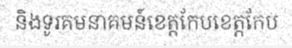
និងទូរគមនាគមន៍ខេត្តកែបខេត្តកែប